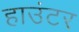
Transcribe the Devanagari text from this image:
हाउंटर